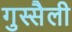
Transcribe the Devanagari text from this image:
गुस्सैली